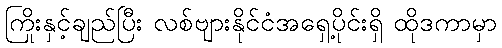
ကြိုးနှင့်ချည်ပြီး လစ်ဗျားနိုင်ငံအရှေ့ပိုင်းရှိ ထိုဒကာမှာ